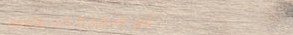
أرض الحكايات: كتب للأطفال